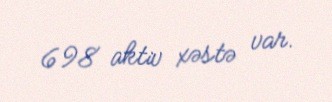
698 aktiv xəstə var.